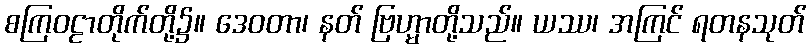
စကြဝဠာတိုက်တို့၌။ ဒေဝတာ၊ နတ် ဗြဟ္မာတို့သည်။ ယဿ၊ အကြင် ရတနသုတ်